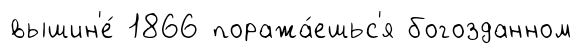
вышин'е́ 1866 поража́ешьс'я богозданном